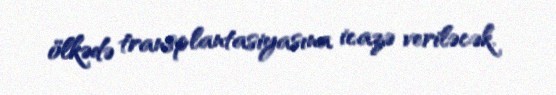
ölkədə transplantasiyasına icazə veriləcək.